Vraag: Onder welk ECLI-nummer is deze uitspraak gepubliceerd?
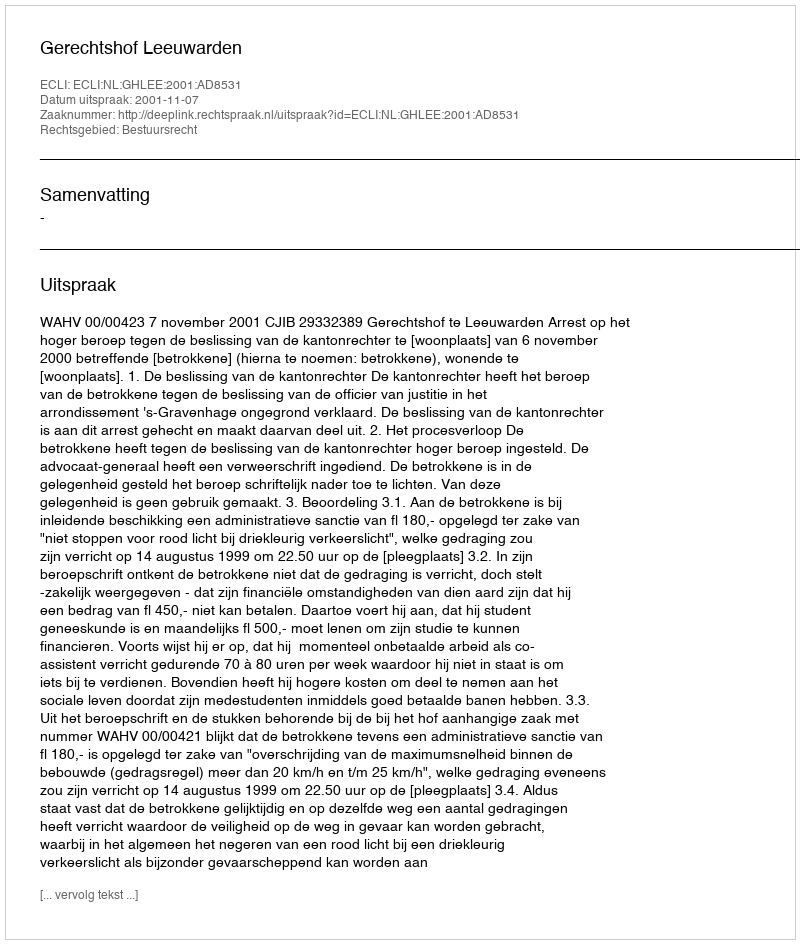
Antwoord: ECLI:NL:GHLEE:2001:AD8531